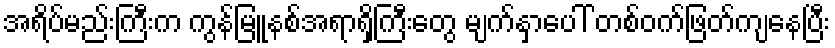
အရိပ်မည်းကြီးက ကွန်မြူနစ်အရာရှိကြီးတွေ မျက်နှာပေါ် တစ်ဝက်ဖြတ်ကျနေပြီး